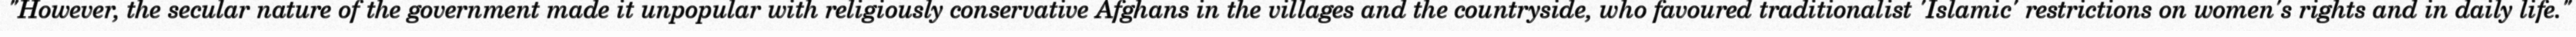
"However, the secular nature of the government made it unpopular with religiously conservative Afghans in the villages and the countryside, who favoured traditionalist 'Islamic' restrictions on women's rights and in daily life."